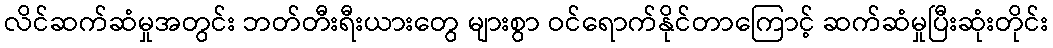
လိင်ဆက်ဆံမှုအတွင်း ဘတ်တီးရီးယားတွေ များစွာ ဝင်ရောက်နိုင်တာကြောင့် ဆက်ဆံမှုပြီးဆုံးတိုင်း